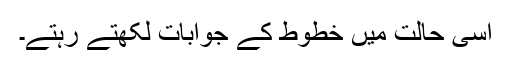
اسی حالت میں خطوط کے جوابات لکھتے رہتے۔